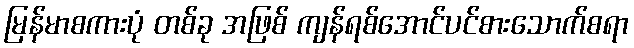
မြန်မာစကားပုံ တစ်ခု အဖြစ် ကျန်ရစ်အောင်ပင်စားသောက်စရာ